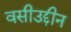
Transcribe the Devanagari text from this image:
वसीउद्दीन